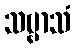
သဗ္ဗာသံ